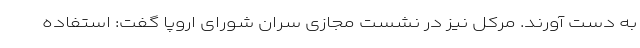
به دست آورند. مرکل نیز در نشست مجازی سران شورای اروپا گفت: استفاده